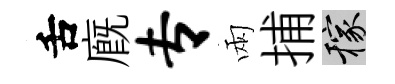
舌廐专兩捕稼